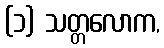
(၁) သတ္တလောက,